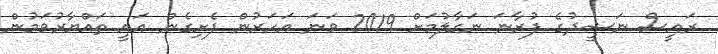
ރައީސް ނަޝީދުގެ ފުރާނަ ނަގާލުމަށް 2019 ވަނަ އަހަރުން ފެށިގެން އައީ ތައްޔާރުވަމުން